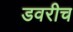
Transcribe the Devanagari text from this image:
डवरीच